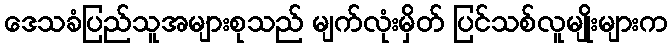
ဒေသခံပြည်သူအများစုသည် မျက်လုံးမှိတ် ပြင်သစ်လူမျိုးများက